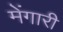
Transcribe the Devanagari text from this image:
मेंगारी